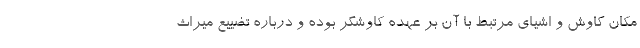
مکان کاوش و اشیای مرتبط با آن بر عهده کاوشگر بوده و درباره تضییع میراث